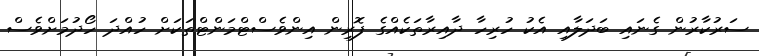
ސަރުކާރުން ގެނައި ބަދަލާއި އެކު ހުރިހާ ދާއިރާތަކެއްގެ ފޮރިން އިންވެސްޓްމަންޓްތަކަށް ހުއްދަ ހޯދުމަށްވެސް